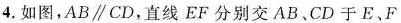
4.如图，AB \parallel CD，直线EF分别交AB、CD于E、F